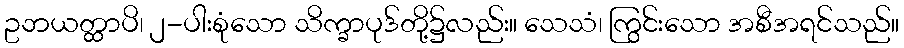
ဥဘယတ္ထာပိ၊ ၂-ပါးစုံသော သိက္ခာပုဒ်တို့၌လည်း။ သေသံ၊ ကြွင်းသော အစီအရင်သည်။